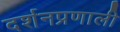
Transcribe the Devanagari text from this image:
दर्शनप्रणाली